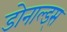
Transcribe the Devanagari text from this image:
डोनाल्ड्स